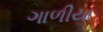
ગાળીયા